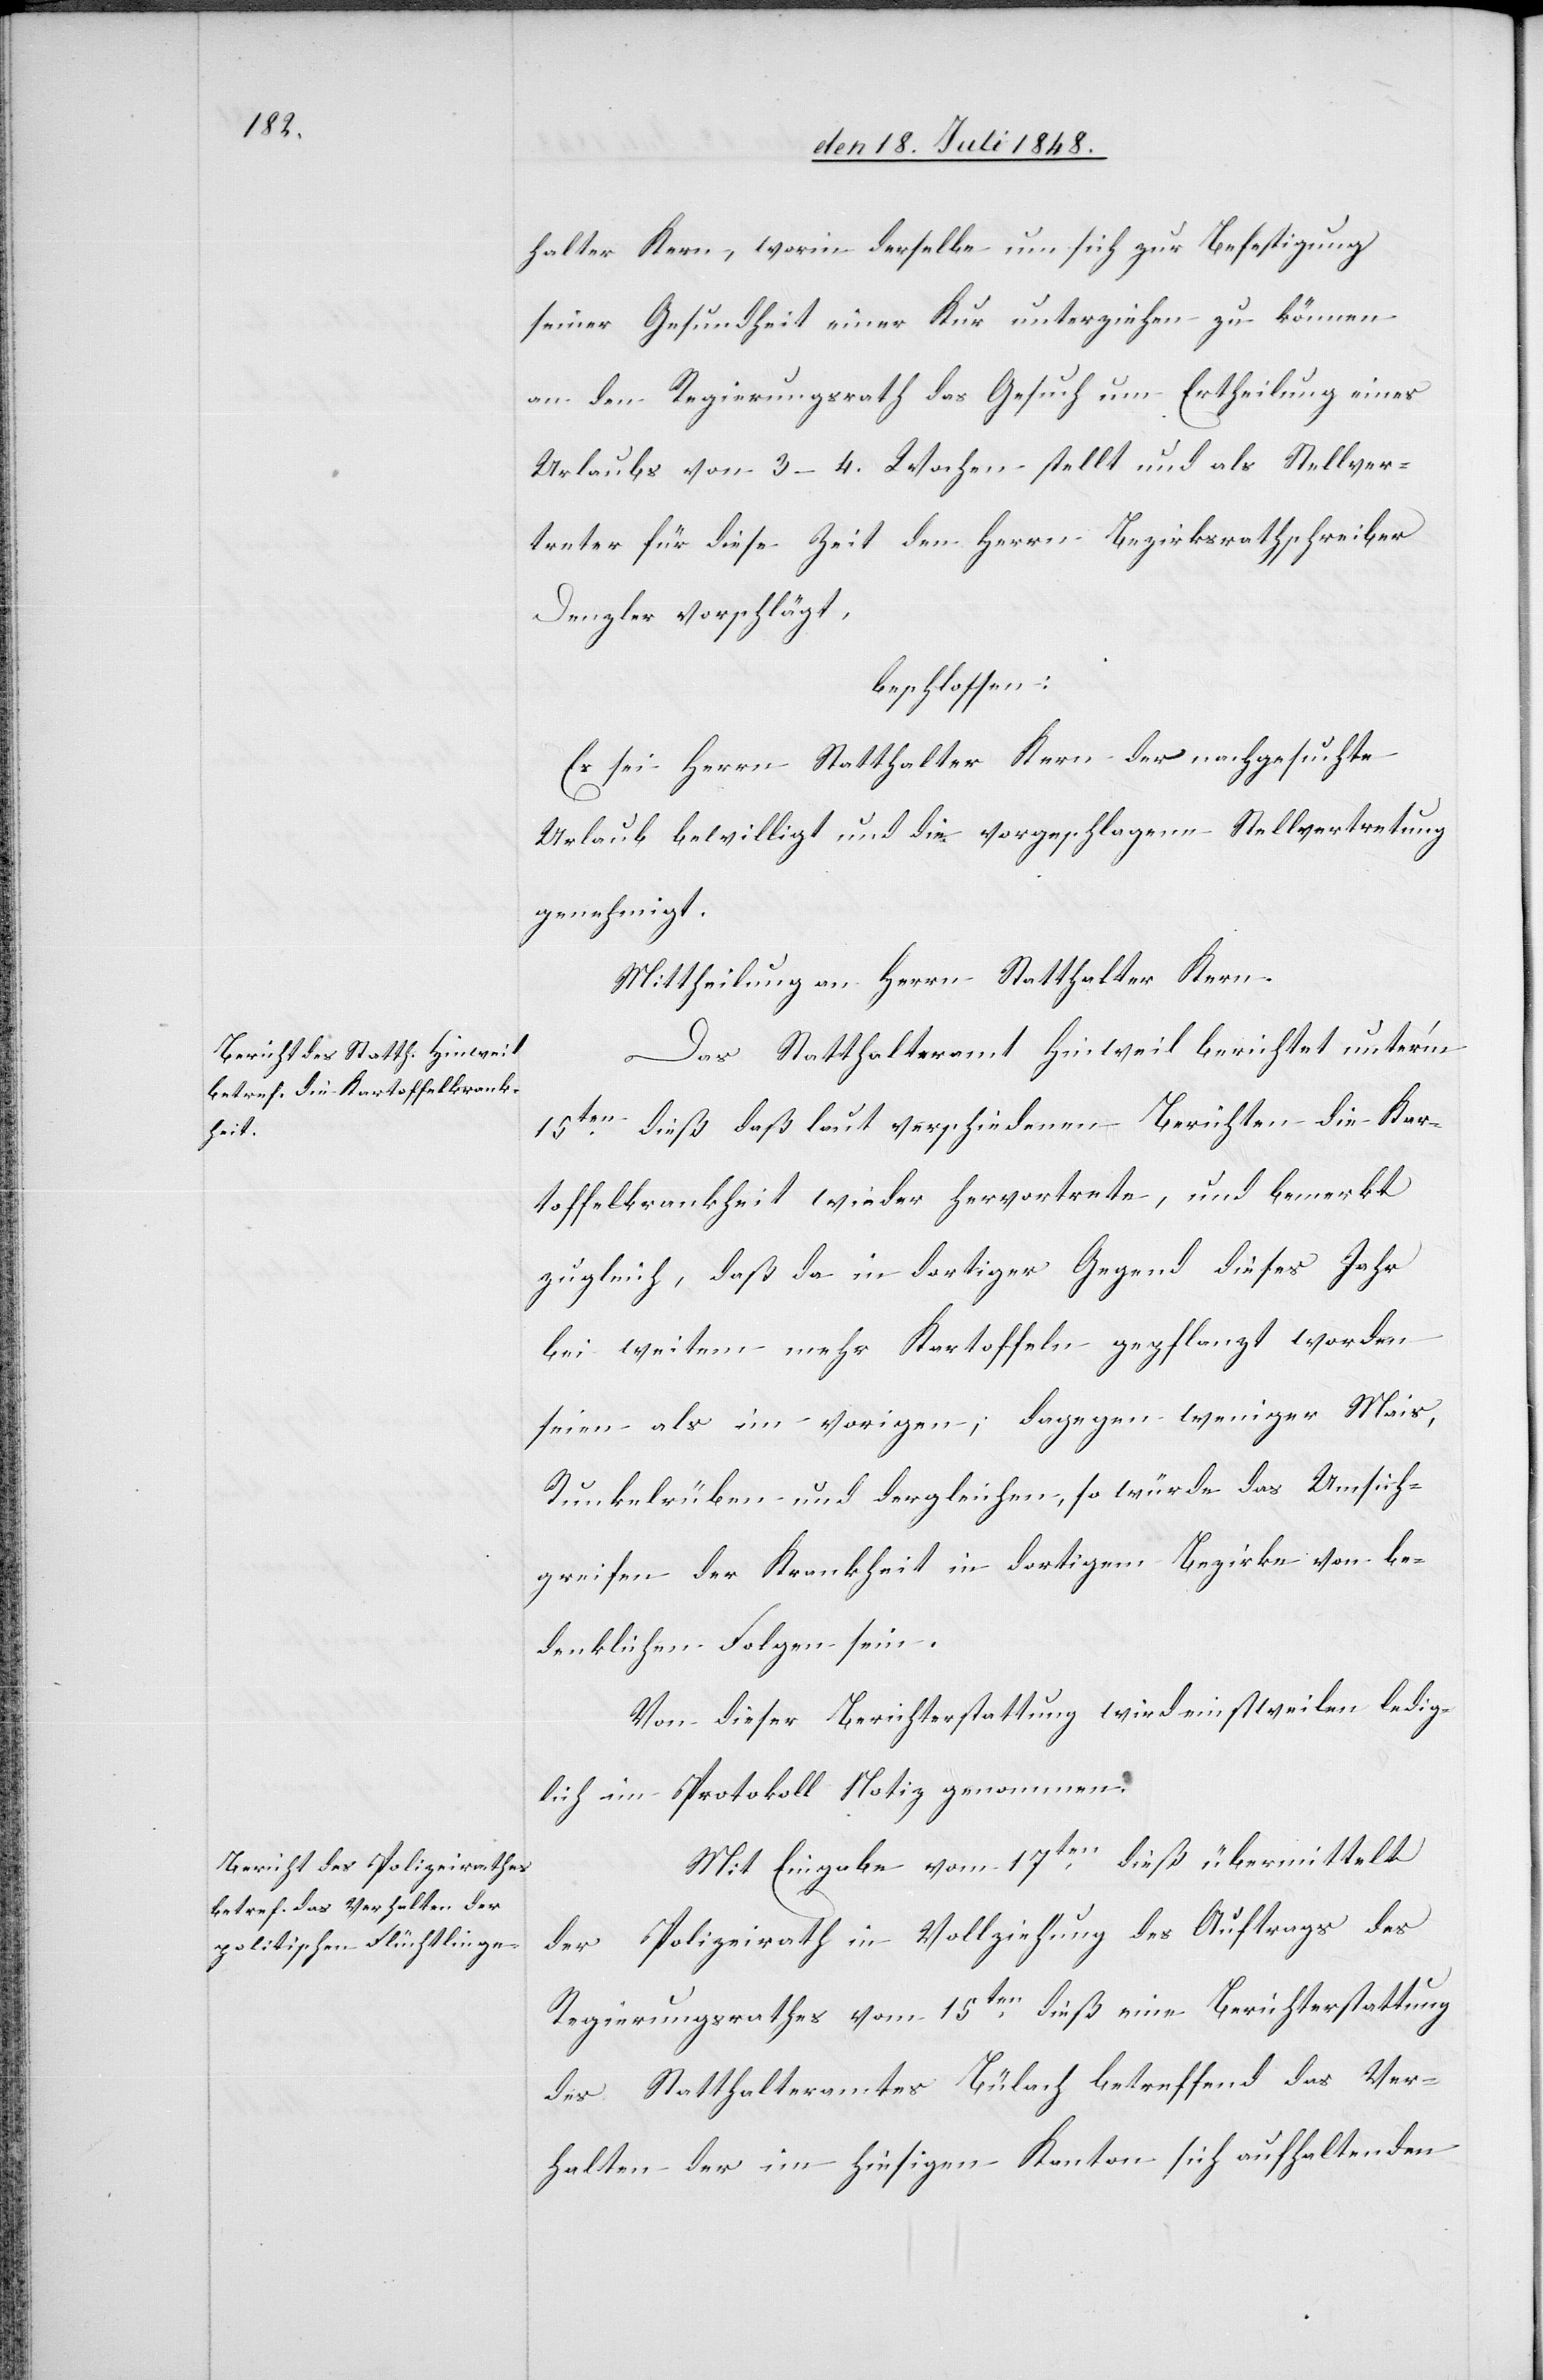
halter Kern, worin derselbe um sich zur Befestigung
seiner Gesundheit einer Kur unterziehen zu können
an den Regierungsrath das Gesuch um Ertheilung eines
Urlaubs von 3–4. Wochen stellt und als Stellver¬
treter für diese Zeit den Herrn Bezirksrathschreiber
Denzler vorschlägt
beschlossen:
Es sei Herrn Statthalter Kern der nachgesuchte
Urlaub bewilligt und die vorgeschlagene Stellvertretung
genehmigt.
Mittheilung an Herrn Statthalter Kern.
Das Statthalteramt Hinweil berichtet unter’m
15ten dieß daß laut verschiedenen Berichten die Kar¬
toffelkrankheit wieder hervortrete, und bemerkt
zugleich, daß da in dortiger Gegend dieses Jahr
bei weitem mehr Kartoffeln gepflanzt worden
seien als im vorigen, dagegen weniger Mais,
Runkelrüben und dergleichen, so würde das Umsich¬
greifen der Krankheit in dortigem Bezirke von be¬
denklichen Folgen sein.
Von dieser Berichterstattung wird einstweilen ledig¬
lich im Protokoll Notiz genommen.
Mit Eingabe vom 17ten dieß übermittelt
der Polizeirath in Vollziehung des Auftrags des
Regierungsrathes vom 15ten dieß eine Berichterstattung
des Statthalteramtes Bülach betreffend das Ver¬
halten der im hiesigen Kanton sich aufhaltenden